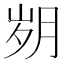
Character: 𰗆